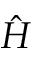
\hat { H }